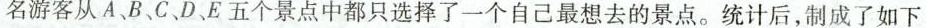
名游客从A、B、C、D、E五个景点中都只选择了一个自已最想去的景点。统计后，制成了如下